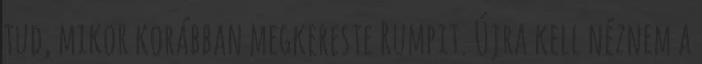
tud, mikor korábban megkereste Rumpit. Újra kell néznem a